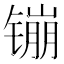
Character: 镚